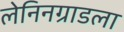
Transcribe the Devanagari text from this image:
लेनिनग्राडला